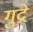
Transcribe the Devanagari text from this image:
गुद्रे